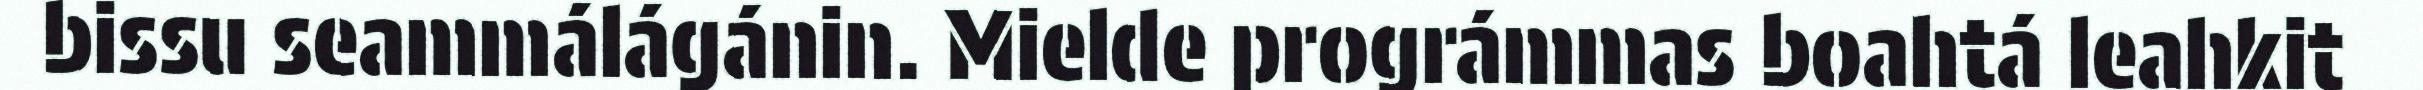
bissu seammálágánin. Mielde prográmmas boahtá leahkit